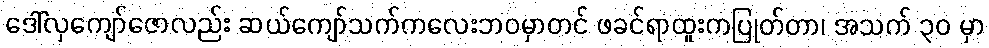
ဒေါ်လှကျော်ဇောလည်း ဆယ်ကျော်သက်ကလေးဘဝမှာတင် ဖခင်ရာထူးကပြုတ်တာ၊ အသက် ၃၀ မှာ